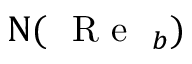
\Nu ( \mathrm { ~ { ~ R ~ e ~ } ~ } _ { b } )